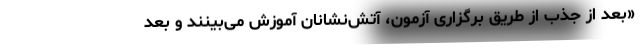
«بعد از جذب از طریق برگزاری آزمون، آتش‌نشانان آموزش می‌بینند و بعد